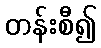
တန်းစီ၍